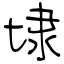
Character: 埭